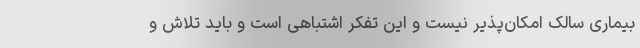
بیماری سالک امکان‌پذیر نیست و این تفکر اشتباهی است و باید تلاش و